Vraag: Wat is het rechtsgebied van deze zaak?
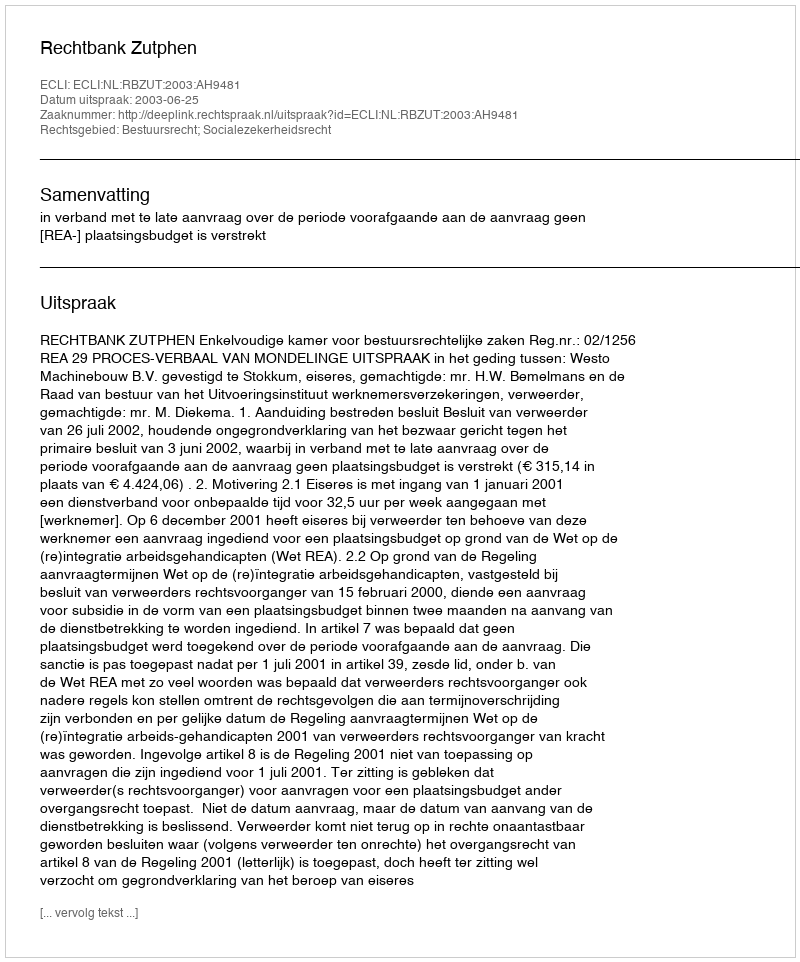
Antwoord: Bestuursrecht; Socialezekerheidsrecht